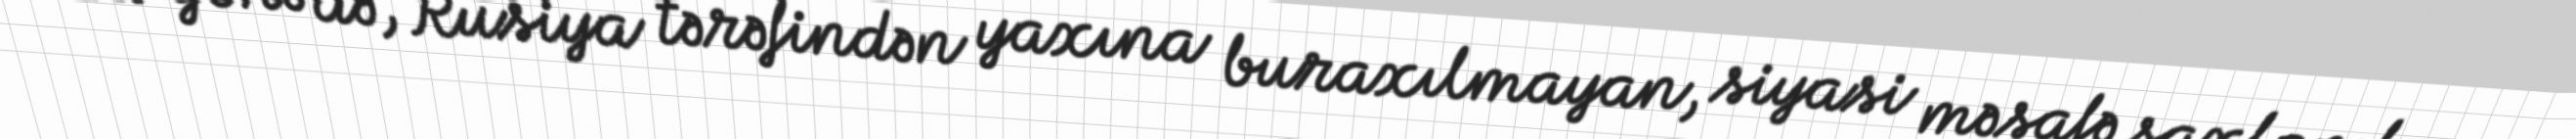
Ona görə də, Rusiya tərəfindən yaxına buraxılmayan, siyasi məsafə saxlanılan